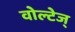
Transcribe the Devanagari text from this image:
वोल्टेज्